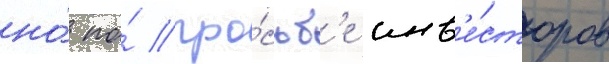
но́ по́ про́сьб'е инв'е́сторов